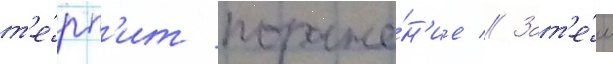
т'е́рп'ит пораже́н'ие // Зат'е́м